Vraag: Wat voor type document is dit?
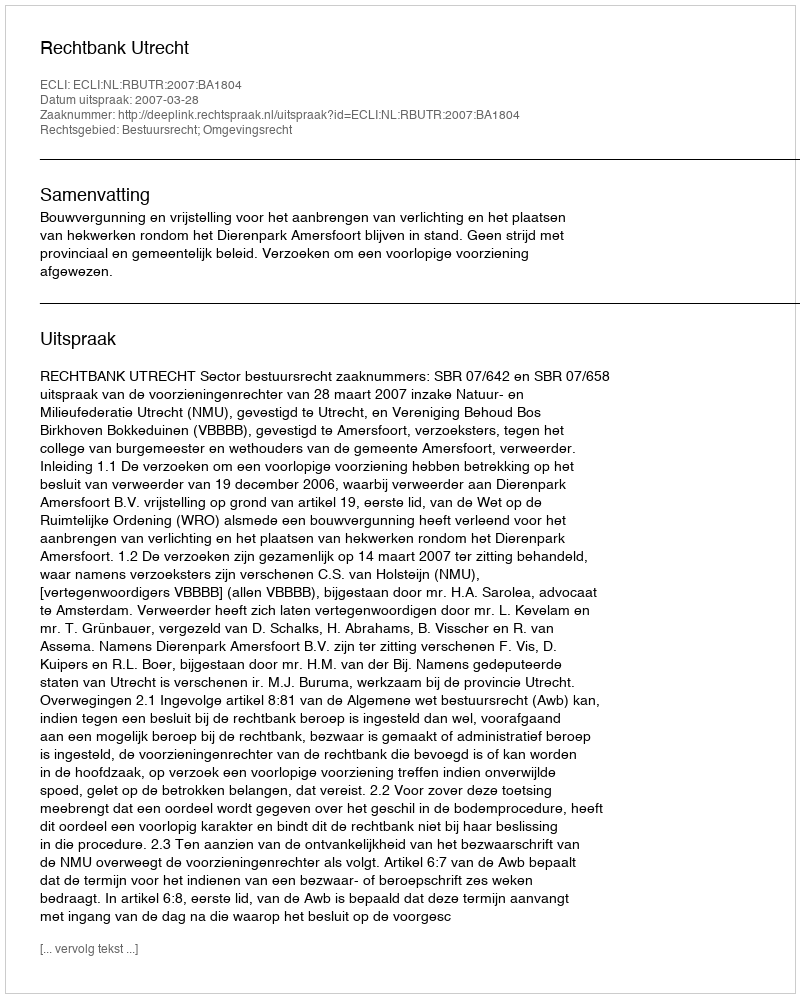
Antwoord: Uitspraak